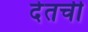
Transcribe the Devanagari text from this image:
देतची